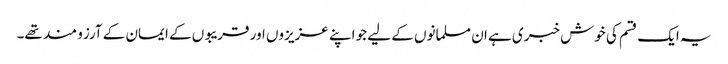
یہ ایک قسم کی خوش خبری ہے ان مسلمانوں کے لیے جو اپنے عزیزوں اور قریبوں کے ایمان کے آرزو مند تھے۔